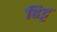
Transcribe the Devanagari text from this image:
हिट्ट